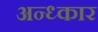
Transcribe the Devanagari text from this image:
अन्ध्कार